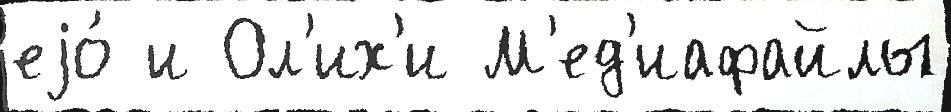
еjо́ и Ол'их'и М'ед'иафайлы